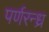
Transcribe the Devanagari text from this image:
पर्णरन्ध्र